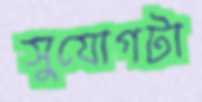
সুযোগটা